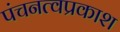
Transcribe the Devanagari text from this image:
पंचनत्वप्रकाश